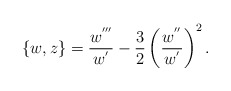
\begin{align*}\{ w , z \} = {w^{'''} \over w^{'}} - {3 \over 2} \left( w^{''} \over w^{'} \right)^2 .\end{align*}